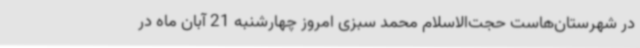
در شهرستان‌هاست حجت‌الاسلام محمد سبزی امروز چهارشنبه 21 آبان ماه در